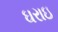
ઘરાઇ